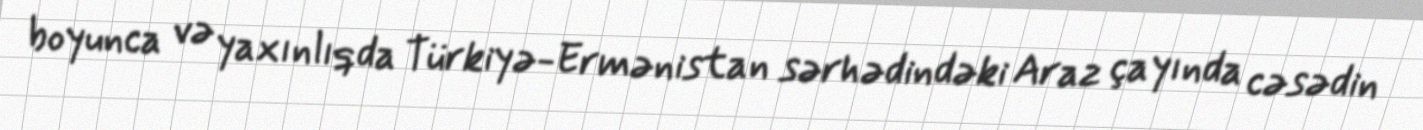
boyunca və yaxınlıqda Türkiyə-Ermənistan sərhədindəki Araz çayında cəsədin